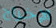
الإخراج